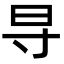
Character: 𬁟